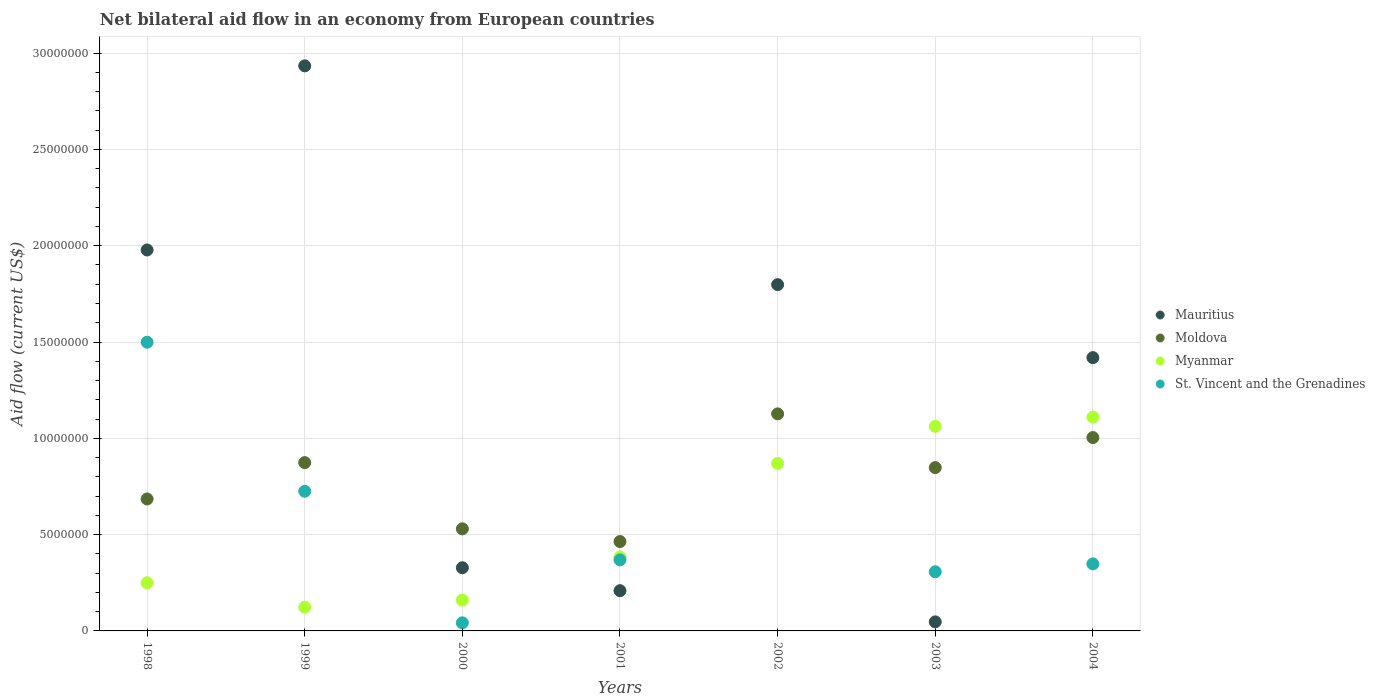
| Years | Mauritius | Moldova | Myanmar | St. Vincent and the Grenadines |
 | --- | --- | --- | --- | --- |
 | 1998 | 1.98e+07 | 6.85e+06 | 2.5e+06 | 1.5e+07 |
 | 1999 | 2.93e+07 | 8.74e+06 | 1.23e+06 | 7.25e+06 |
 | 2000 | 3.28e+06 | 5.3e+06 | 1.6e+06 | 4.2e+05 |
 | 2001 | 2.09e+06 | 4.64e+06 | 3.84e+06 | 3.69e+06 |
 | 2002 | 1.8e+07 | 1.13e+07 | 8.7e+06 | -1.07e+06 |
 | 2003 | 4.7e+05 | 8.48e+06 | 1.06e+07 | 3.07e+06 |
 | 2004 | 1.42e+07 | 1e+07 | 1.11e+07 | 3.48e+06 |